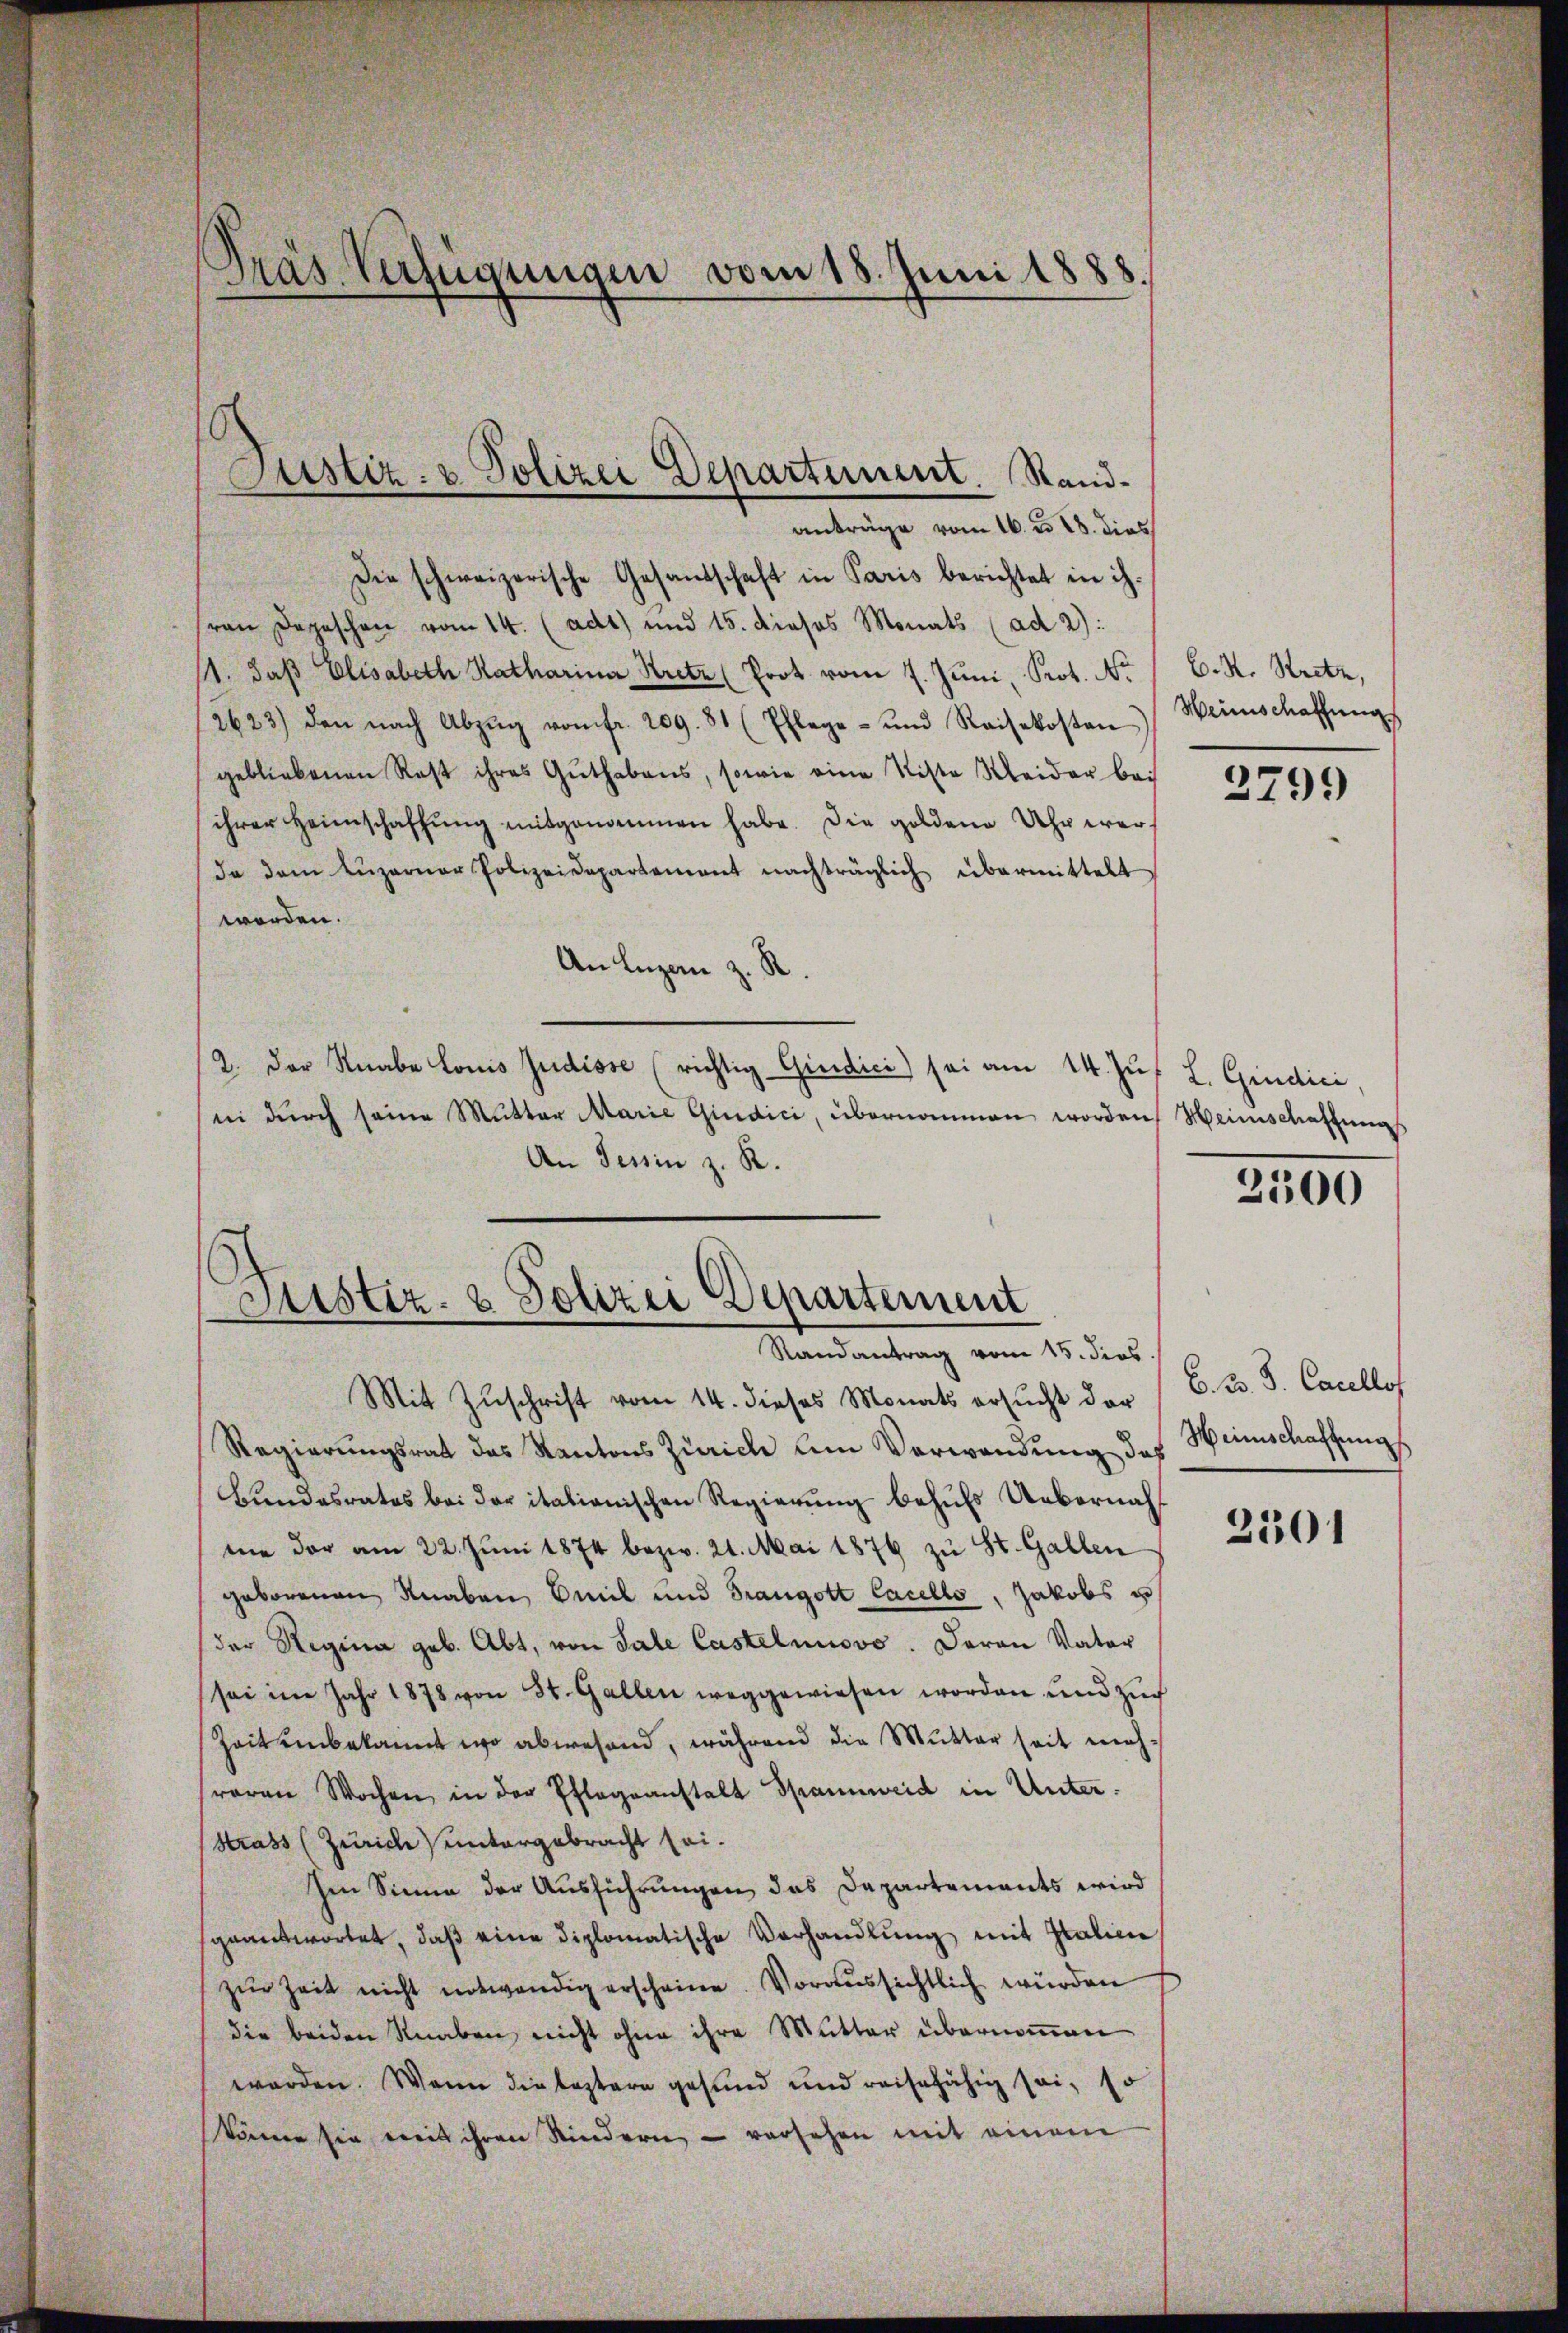
Pras Verfügungen vom 18. Juni 1888.

anträge vom 16. u 18. dies
Die schweizerische Gesandschaft in Paris berichtet in ih-
van Depeschen vom 14. (adt) und 15. dieses Monats (ad 2):
11. daß Elisabeth Katharina Kretz (Prot vom 7. Jŭni Prot. No / C. R. Kretz,
2623) den nach Abzŭg vom fr. 209. 81 (Pflege- und Reisekosten Weinschaffŭngs
gebliebenen Rest ihres Guthabens, sowie eine Niste Weider bei
ihrer Heimschaffung mitgenommen habe. Die goldene Uhr werda dem Lŭzerner Polizeidepartement nachträglich übermittelt
worden.
An Luzern z. R.
2. Der Knabe Louis Judisse (richtig Giudici) sei am 14. Zu
i dŭrch seine Mutter Marie Giudici, übernommen worden, Heinschaffung
An Tessin z. R.

Justiz- & Polizei Departement. Rand¬

Justiz- & Polizei Departement
Randantrag vom 15. dies

Mit Zuschrift vom 14. dieses Monats ersŭcht der
Regierungsrat das Kantons Zürich am Verwendung das
Bundesrates bei der italianischen Regierung behufs Uebernah
me der am 22. Jŭni 1874 bezw. 21. Mai 1876 zŭ St. Gallen
geborenen Knaben Emil und Trangott Cacello, Jakobs u
der Regina geb. Abt, von Sale Castelnuovo. Daran Vater
sei im Jahr 1878 von St. Gallen weggewiesen worden und zur
Zeit einbekannt wo abwesend, während die Mutter seit mehreren Wochen in der Pflegeanstalt Spannweid in Unter¬
Strass (Zürich untergebracht sei.
Im Sinne der Ausführungen das Departements wird
geantwortet, daβ eine diplomatische Verhandlung mit Italicie
zŭr Zeit nicht entwendig erscheine. Voraussichtlich würden
die beiden Knaben nicht ohne ihre Mutter übernommen
werden. Wenn die leztere gesund und reisefähig sei, so
könen sie mit ihren Kindern - versehen mit einem

3799

L. Giudici,

2500

C. 3. d. Carellos
Heinschaffung

2501